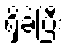
ရှိခဲ့ပြီး